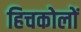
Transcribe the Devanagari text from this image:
हिचकोलों